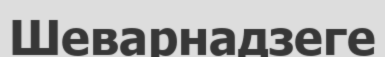
Шеварнадзеге